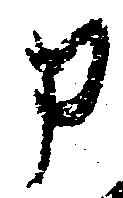
申